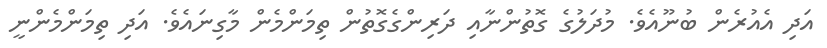
އަދި އެއުރެން ބުނޫއެވެ. މުދަލުގެ ގޮތުންނާއި ދަރިންގެގޮތުން ތިމަންމެން މާގިނައެވެ. އަދި ތިމަންމެންނީ